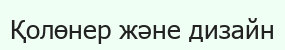
Қолөнер және дизайн